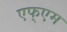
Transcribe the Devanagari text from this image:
एफ्एम